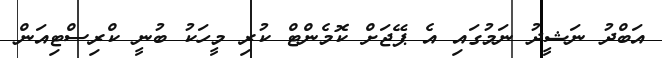
އަބްދު ނަޝީދު ނަމުގައި އެ ޕޭޖަށް ކޮމެންޓް ކުރި މީހަކު ބުނީ ކްރިސްޓިއަން